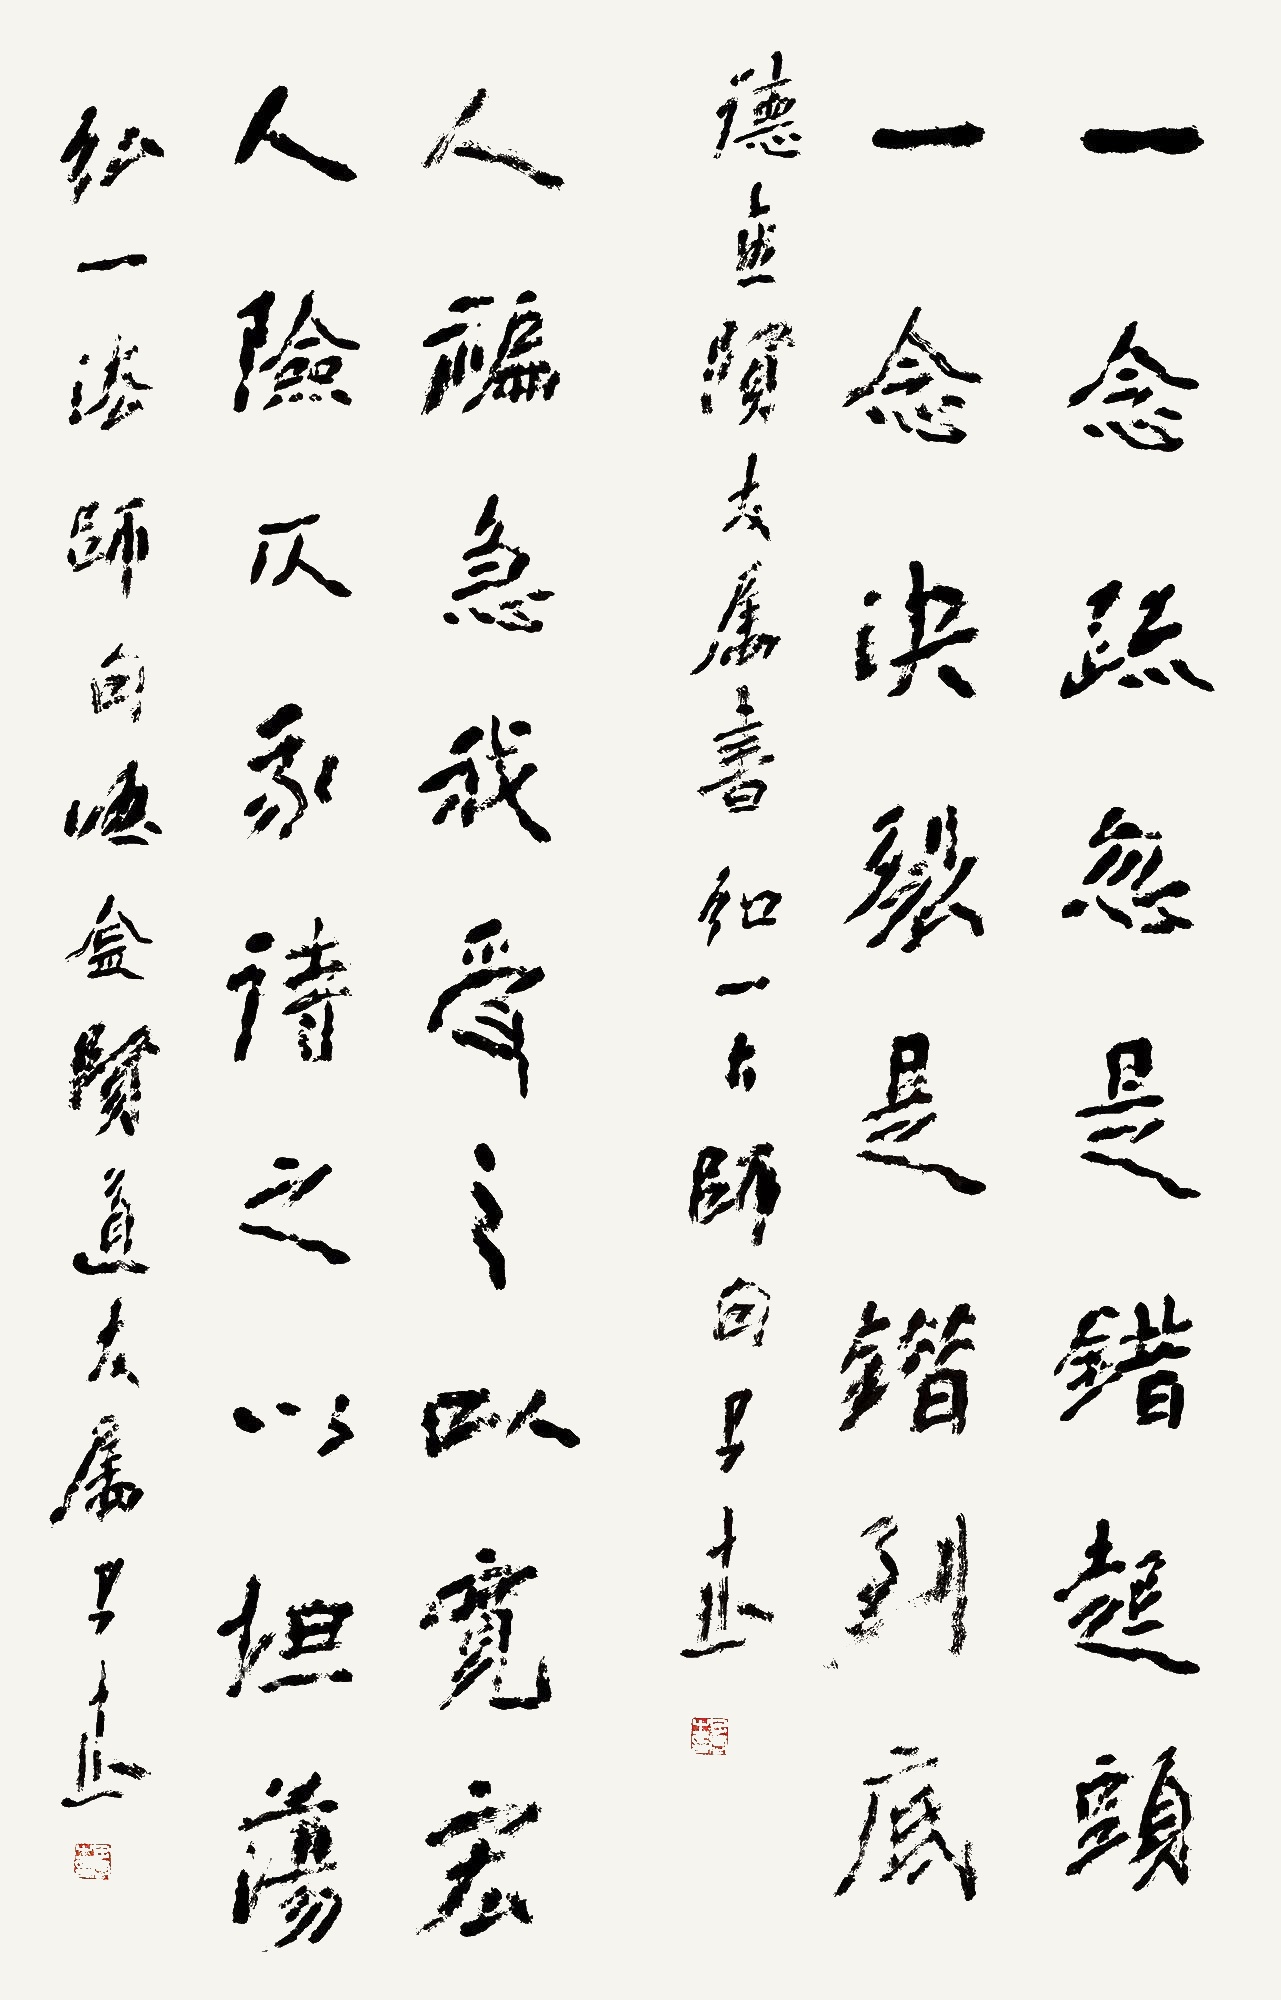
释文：一念疏忽是错起头，一念决裂是错到底。人褊急，我受之以宽宏；人险仄，我待之以坦荡。德金贤友属书，弘一大师句，子武。弘一法师句，德金贤道友属书，子武。